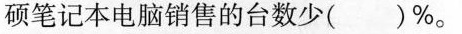
硕笔记本电脑销售的台数少( )%。